Jaan_Tonisson_(Lasteleht), lk 477
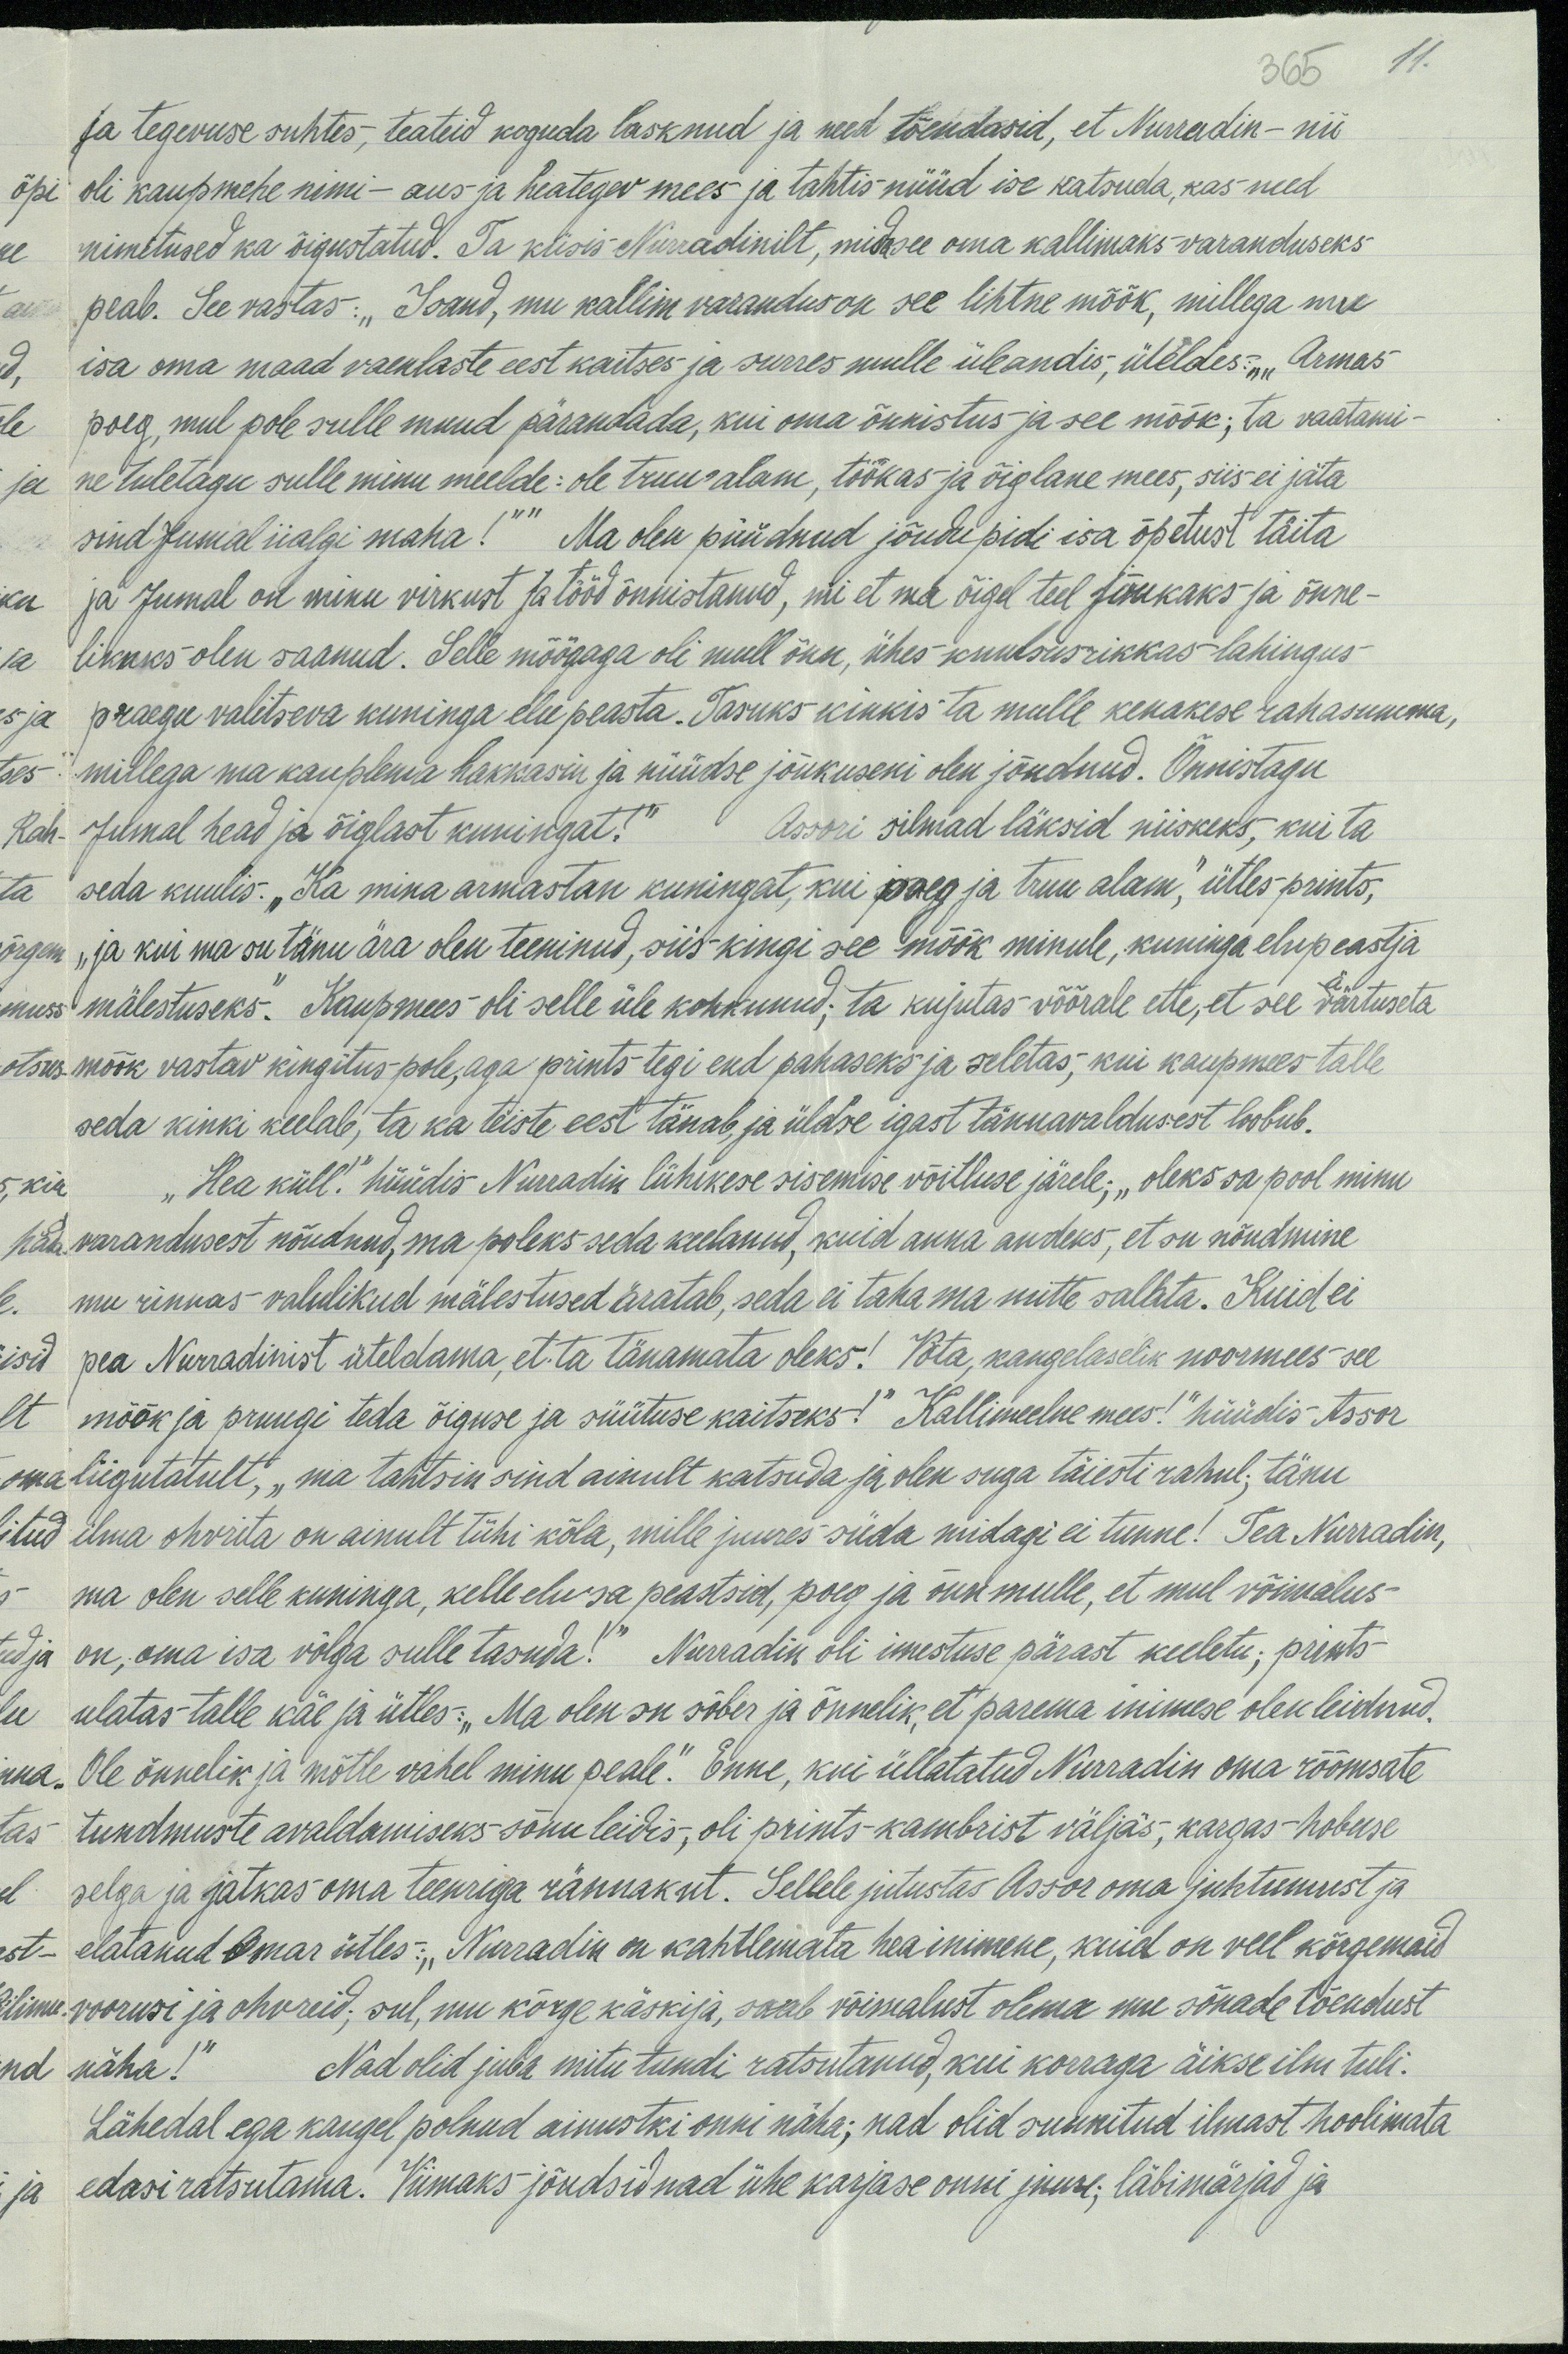
365
11.
ja tegevuse suhtes, teateid koguda lasknud ja need tõendasid, et Nurradin- nii
oli kaupmehe nimi- aus ja heategev mees ja tahtis nüüd ise katsuda, kas need
nimetused ka õigustatud. Ta küsis Nurradinilt, mida see oma kallimaks varanduseks
peab. See vastas: "Isand, mu kallim varandus on see lihtne mõõk, millega mu
isa oma maad vaenlaste eest kaitses ja surres mulle üleandis, üteldes: „Armas
poeg, mul pole sulle muud pärandada, kui oma õnnistus ja see mõõk; ta vaatami-
ne tuletagu sulle minu meelde: ole truu alam, töökas ja õiglane mees, siis ei jäta
sind Jumal iialgi maha!" Ma olen püüdnud jõudupidi isa õpetust täita
ja Jumal on minu virkust ja tööd õnnistanud, nii et ma õigel teel jõukaks ja õnne-
likuks olen saanud. Selle mõõgaga oli mull õnn, ühes kuulsusrikkas lahingus
praegu valitseva kuninga elu peasta. Tasuks kinkis ta mulle kenakese rahasumma,
millega ma kauplema hakkasin ja nüüdse jõukuseni olen jõudnud. Õnnistagu
Jumal head ja õiglast kuningat!" Assori silmad läksid niiskeks, kui ta
ta seda kuulis. „Ka mina armastan kuningat, kui poeg ja truu alam, ütles prints,
ja kui ma su tänu ära olen teeninud, siis kingi see mõõk minule, kuninga elupeastja
mälestuseks. Kaupmees oli selle üle kohkunud; ta kujutas võõrale ette, et see väärtuseta
mõõk vastav kingitus pole, aga prints tegi end pahaseks ja seletas, kui kaupmees talle
seda kinki keelab, ta ka teiste eest tänab, ja üldse igast tänuawaldusest loobub.
„Hea küll." hüüdis Nuradik lühikese sisemise võitluse järele, „oleks sa pool minu
hää varandusest nõudnud, ma poleks seda keelanud, kuid anna andeks, et su nõudmine
mu rinnas valulikud mälestused äratab, seda ei taha ma mitte salata. Kuid ei
pea Nurradinist üteldama, et ta tänamata oleks! Võta, kangelaselik noormees see
mõõk ja pruugi teda õiguse ja süütuse kaitsaks!" Kallimeelne mees!" hüüdis Assor
liigutatult, „ma tahtsin sind ainult katsuda ja olen suga täiesti rahul; tänu
ilma ohvita on ainult tühi kõla, mille juures süda midagi ei tunne! Tea Nurradin,
ma olen selle kuninga, kelle elu sa peastsid, poeg ja õnn mulle, et mul võimalus-
on, oma isa võlga sulle tasuda!" Narradin oli imestuse pärast keeletu, prints
ulatas talle käe ja ütles: "Ma olen su sõber ja õnnelik, et parema inimese olen leidnud."
Ole õnnelik ja mõtle vahel minu peale." Enne, kui üllatatud Nurradin oma rõõmsate
tundmuste avaldamiseks sõnu leidis, oli prints-kambrist väljas, kargas-hobuse
selga ja jätkas oma teenriga rännakut. Sellele jutustas Assor oma juhtumist ja
elatanud Omar ütles: "Nurradin on kahtlemata hea inimene, kuid on veel kõrgemaid
voorusi ja ohvreid; sul, mu kõrge käskija, saab võimalust olema mu sõnade tõendust
näha! Nad olid juba mitu tundi ratsutanud, kui korraga äikse ilm tuli.
lähedal ega kaugel polnud ainustki onni näha; nad olid sunnitud ilmast hoolimata
edasi ratsutama. Viimaks jõudsid nad ühe karjase onni juure, läbimärjad ja